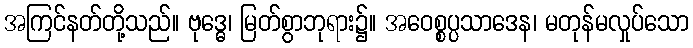
အကြင်နတ်တို့သည်။ ဗုဒ္ဓေ၊ မြတ်စွာဘုရား၌။ အဝေစ္စပ္ပသာဒေန၊ မတုန်မလှုပ်သော